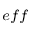
{ } _ { e f f }